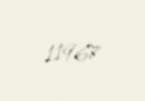
11967